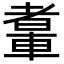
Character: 䡤